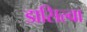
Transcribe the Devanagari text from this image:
डासिल्वा